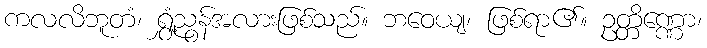
ကလလိဘူတံ၊ ရွှံ့ညွန်အလားဖြစ်သည်။ ဘဝေယျ၊ ဖြစ်ရာ၏။ ဥတ္တိဏ္ဏော၊